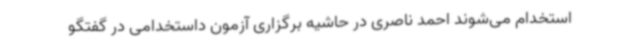
استخدام می‌شوند احمد ناصری در حاشیه برگزاری آزمون داستخدامی در گفتگو